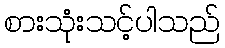
စားသုံးသင့်ပါသည်